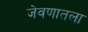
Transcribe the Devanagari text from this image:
जेवणातला